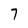
Character: 7